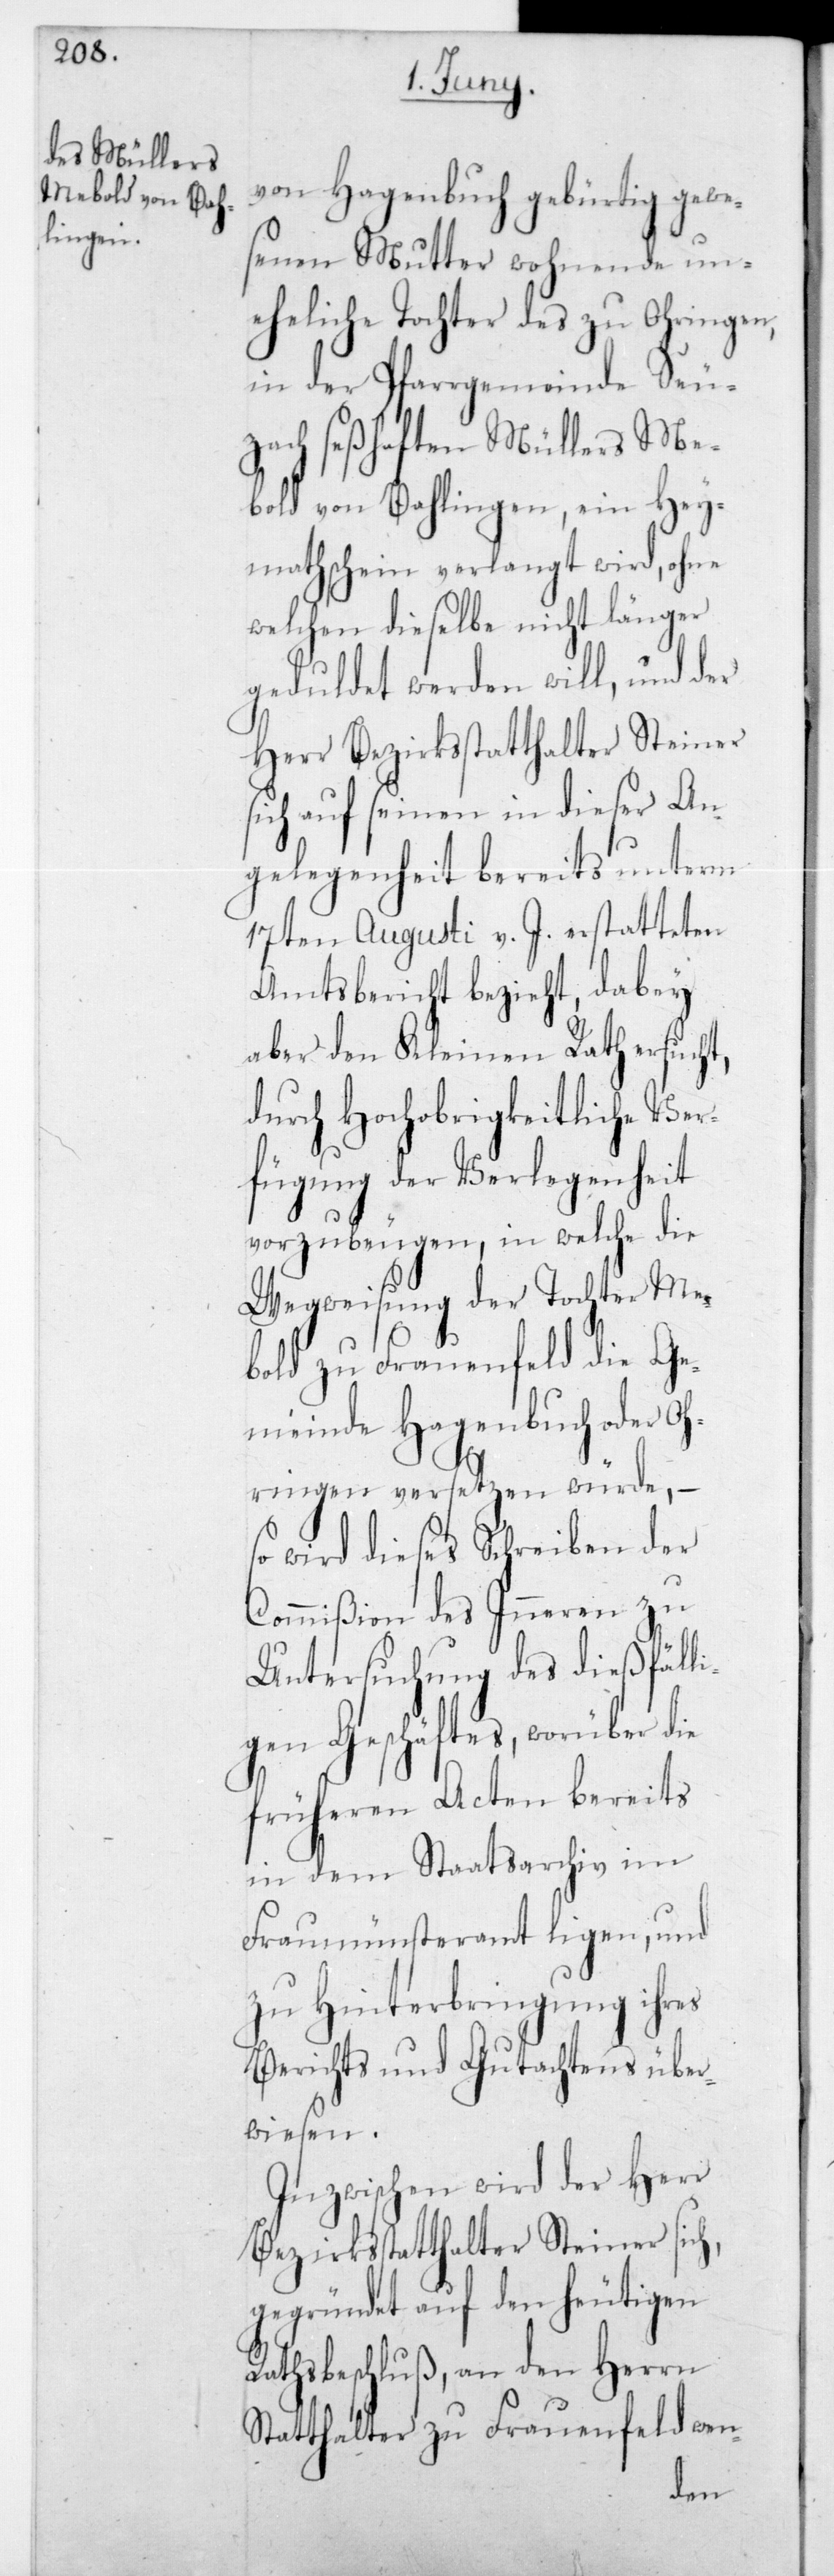
von Hagenbuch gebürtig gewe¬
senen Mutter wohnende un¬
eheliche Tochter des zu Ohringen,
in der Pfarrgemeinde Seu¬
zach seßhaften Müllers Me¬
bold von Bahlingen, ein Hey¬
mathschein verlangt wird, ohne
welchen dieselbe nicht länger
geduldet werden will, und der
Herr Bezirksstatthalter Steiner
sich auf seinen in dieser An¬
gelegenheit bereits unterm
17ten Augusti v. J. erstatteten
Amtsbericht bezieht, dabey
aber den Kleinen Rath ersucht,
durch Hochobrigkeitliche Ver¬
fügung der Verlegenheit
vorzubeugen, in welche die
Wegweisung der Tochter Me¬
bold zu Frauenfeld de Ge¬
meinde Hagenbuch oder Oh¬
ringen versetzen würde, –
wird dieses Schreiben der
Commißion des Inneren zu
Untersuchung des dießfälli¬
gen Geschäftes, worüber die
früheren Acten bereits
in dem Staatsarchiv im
Fraumünsteramt liegen, und
zu Hinterbringung ihres
Berichts und Gutachtens über¬
wiesen.
Inzwischen wird der Herr
Bezirksstatthalter Steiner sic¬
gegründet auf den heutigen
Rathsbeschluß, an den Herrn
Statthalter zu Frauenfeld wen-
h,